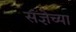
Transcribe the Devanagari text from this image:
संज्ञेच्या